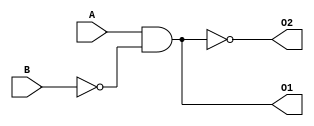
// Assignment 1 - Q1 - 1 (b)

module Q1b (A, B, O1, O2);

input A, B;
output O1, O2;

wire B_bar;

not not1(B_bar, B);

and and1(O1, A, B_bar);

not not2(O2, O1);

endmodule